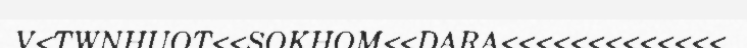
V<TWNHUOT<<SOKHOM<<DARA<<<<<<<<<<<<<